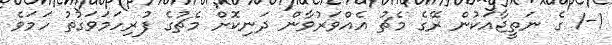
1-1 ގެ ނަތީޖާއަކުން ރޭގެ މެޗު އެއްވަރުވާން ދަނިކޮށް މެޗުގެ ފުރިހަމަވަގުތު ހަމަވެ